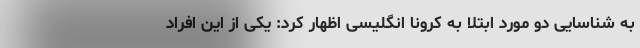
به شناسایی دو مورد ابتلا به کرونا انگلیسی اظهار کرد: یکی از این افراد